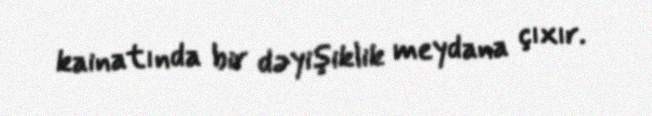
kainatında bir dəyişiklik meydana çıxır.